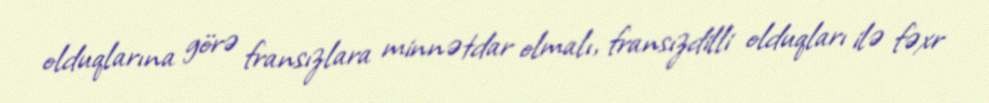
olduqlarına görə fransızlara minnətdar olmalı, fransızdilli olduqları ilə fəxr